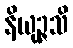
နိယုဉ္ဇသိ